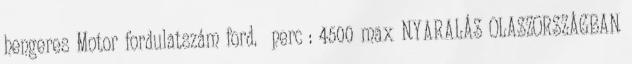
hengeres Motor fordulatszám ford. perc : 4500 max NYARALÁS OLASZORSZÁGBAN